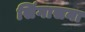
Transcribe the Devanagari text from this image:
सिंगासना